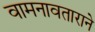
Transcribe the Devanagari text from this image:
वामनावताराने